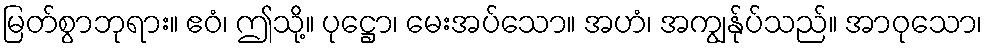
မြတ်စွာဘုရား။ ဧဝံ၊ ဤသို့။ ပုဋ္ဌော၊ မေးအပ်သော။ အဟံ၊ အကျွန်ုပ်သည်။ အာဝုသော၊